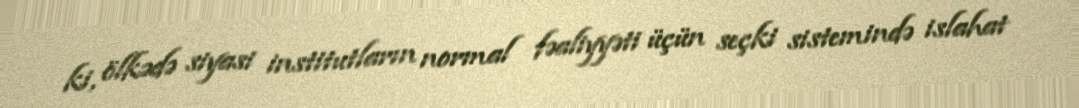
ki, ölkədə siyasi institutların normal fəaliyyəti üçün seçki sistemində islahat